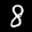
Label: 8